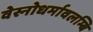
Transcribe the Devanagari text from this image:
वेस्नोधर्मावलम्बि